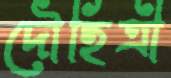
দৌহিত্রী